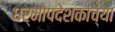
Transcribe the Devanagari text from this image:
धर्मोपदेशकाच्या